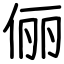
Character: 俪